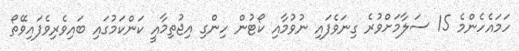
ހަމައެހެންމެ 15 ސަލާމަށްވުރެ ގިނަވެފައި ނުވުމާއި ކޯޓުން ހިންގި އިޖުތިމާއީ ކަންކަމުގައި ބައިވެރިވެފައިވޭތޯ